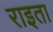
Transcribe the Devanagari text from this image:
राइता